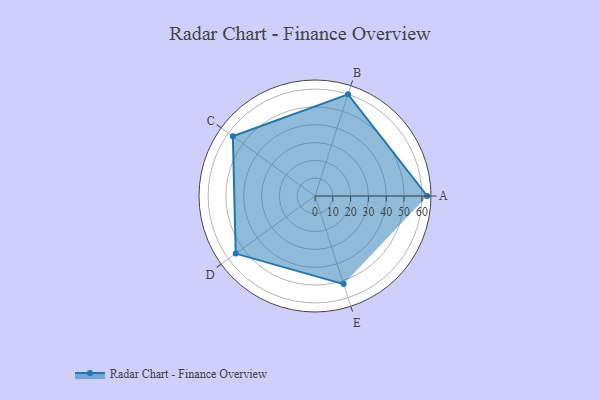
{"axis": {"x": "Skill", "y": "Score"}, "legend": ["Profile"], "data": [{"x": "A", "y": 63.0, "type": "Profile"}, {"x": "B", "y": 60.0, "type": "Profile"}, {"x": "C", "y": 57.0, "type": "Profile"}, {"x": "D", "y": 55.0, "type": "Profile"}, {"x": "E", "y": 52.0, "type": "Profile"}]}